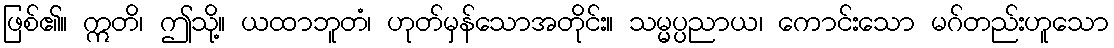
ဖြစ်၏။ ဣတိ၊ ဤသို့။ ယထာဘူတံ၊ ဟုတ်မှန်သောအတိုင်း။ သမ္မပ္ပညာယ၊ ကောင်းသော မဂ်တည်းဟူသော